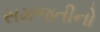
સમજતીનો